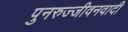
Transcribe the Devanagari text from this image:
पुनरुज्जीवनवादी